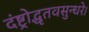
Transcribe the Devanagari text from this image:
दंष्ट्रोद्धृतवसुन्धरे।